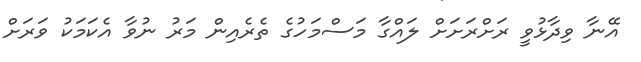
އޭނާ ވިދާޅުވީ ރަށްރަށަށް ލައްގާ މަސްމަހުގެ ތެރެއިން މަރު ނުވާ އެކަމަކު ވަރަށް